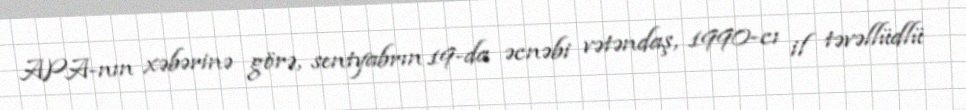
APA-nın xəbərinə görə, sentyabrın 19-da əcnəbi vətəndaş, 1990-cı il təvəllüdlü